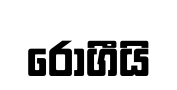
රෝගීයි